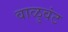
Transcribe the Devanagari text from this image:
वाळुवंट